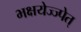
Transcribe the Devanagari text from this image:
भक्षयेज्ज्पेत्